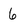
Character: 6